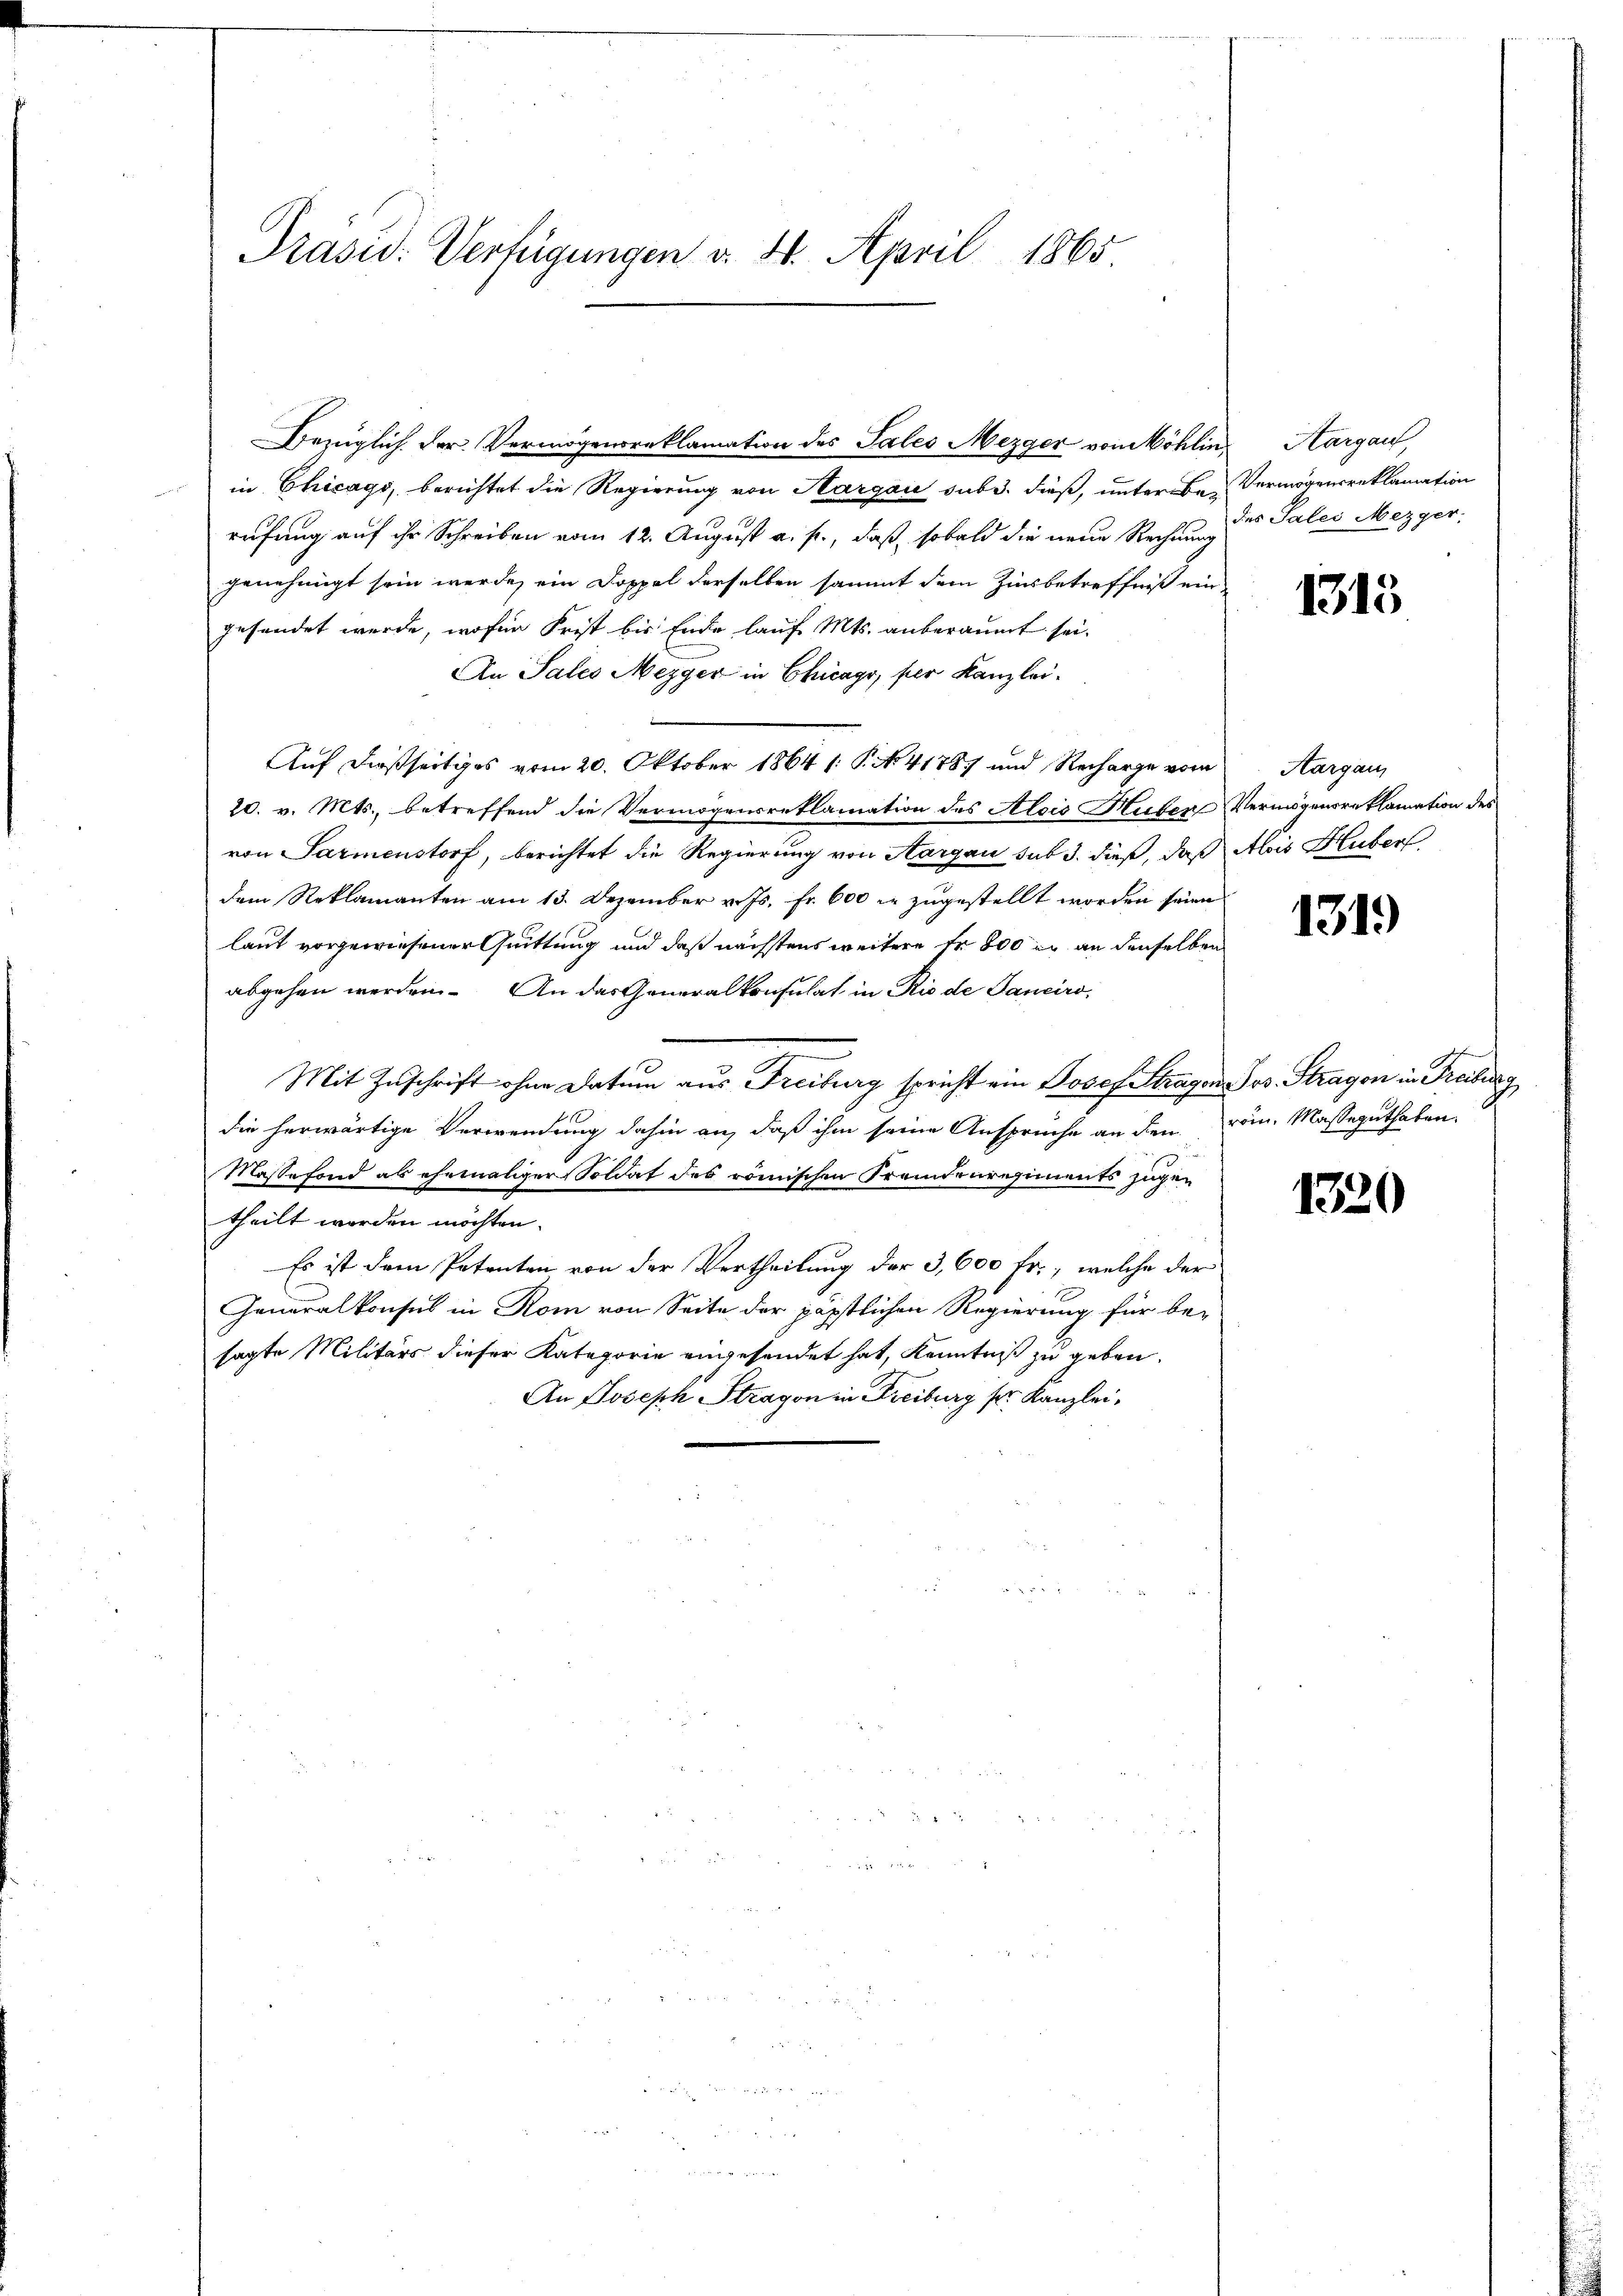
Präsid. Verfügungen v. 4. April 1865

Bezüglich. Der Vermögensreklamation des Sales Mezger von Möhlin, Aargau,
in Chicago, berichtet die Regierung von Aargau subr. dieß, unter Be- Vermögensreklamation
rufung auf ihr Schreiben vom 12. August a. p., daß sobald die neue Rechnung des Sales Mezger,
genehmigt sein werde, ein Doppel derselben sammt dem Zinsbetreffniß eingesandet werde, wofür Frist bis Ende lauf Mts. anberaumt sei.
An Sales Mezger in Chicago, per Kanzlei.
Auf dießseitiges vom 20. Oktober 1864 /: P. No 41787 und Recharge vom
20. v. Mts., betreffend die Vermögensreklamation des Alois Hufer Vermögensreklamation des
von Sarmenstorf, berichtet die Regierung von Aargau sub 3. dieß, daß Alois Huber
dem Reklamanten am 13. Dezember v. Js. fr. 600 f zugestellt worden seien
laut vorgewiesener Quittung und daß nächstens weitere Fr. 800 er an denselben
abgehen werden. An das Generalkonsulat in Rio de Sanciro,
Mit Zŭschrift ohne Datum aus Freiburg spricht ein Josef Stragen Jos. Stragen in Freiburg
die herwärtige Verwendung dahin an, daß ihm seine Anspruche an den
Masse fond als ehemaliger Soldat des römischen Fremdenregiments zugen
theilt worden möchten.
Es ist dem Petenten von der Vertheilung der 3,600 Fr., welche der
Generalkonsus in Rom von Seite der päpstlichen Regierung für be-
sagte Militärs dieser Kategorie angesendet hat, Kenntniß zu geben.
An Joseph Stragen in Freiburg sr. Kanzlei,

1315

Aargau,

1319

rom. Masseguthaben.

1320